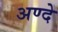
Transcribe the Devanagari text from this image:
अण्दे